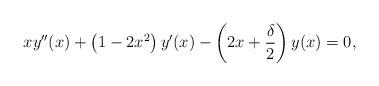
LaTeX: \begin{align*} xy''(x) + \left(1 - 2x^2\right) y'(x) - \left(2 x + \frac{\delta}2 \right)y(x) = 0,\end{align*}